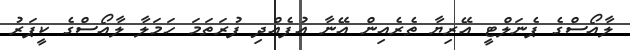
ލާއޯސްގެ ޕެނަލްޓީ އޭރިޔާ ތެރެއިން އޭނާ އުފެއްދި ފުރަތަމަ ހަމަލާ ލާއޯސްގެ ކީޕަރު